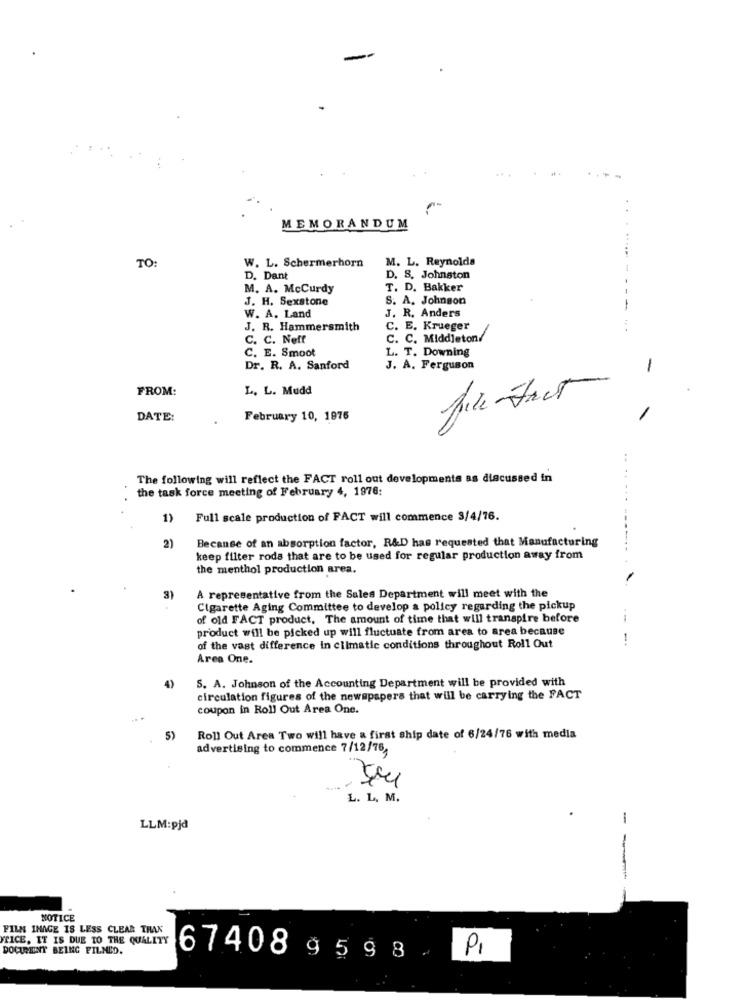
MEMORANDUM
TO:
W. L. Schermerhorn
M. L. Reynolds
D. Dant
D. S. Johnston
M. A. Mccurdy
T. D. Bakker
J. H. Sexstone
S. A. Johnson
-
W. A. Land
J. R. Anders
J. R. Hammersmith
C. E. Krueger
C. C. Neff
C. C. Middleton/
L. T. Downing
C. E. Smoot
Dr. R. A. Sanford
J. A. Ferguson
-
FROM:
L. L. Mudd
Justact
DATE :
February 10, 1976
The following will reflect the FACT roll out developments as discussed in
the task force meeting of February 4, 1976:
1) Full scale production of FACT will commence 3/4/76.
Because of an absorption factor, R&D has requested that Manufacturing
2)
keep filter roda that are to be used for regular production away from
the menthol production area.
3)
A representative from the Sales Department will meet with the
Cigarette Aging Committee to develop a policy regarding the pickup
of old FACT product, The amount of time that will transpire before
product will be picked up will fluctuate from area to area because
-.
of the vast difference in cilmatic conditions throughout Roll Out
Area One.
S. A. Johnson of the Accounting Department will be provided with
4)
circulation figures of the newspapers that will be carrying the FACT
coupon in Roll Out Area One.
Roll Out Area Two will have a first ship date of 6/24/76 with media
advertising to commence 7/12/76,
L. L. M.
-
LLM:pjd
NOTICE
FILM IMAGE IS LESS CLEAR THAN
PRICE. IT IS DUE TO THE QUALITY
DOCREINT BEING FILMED.
PI
67408 9 5 9 8